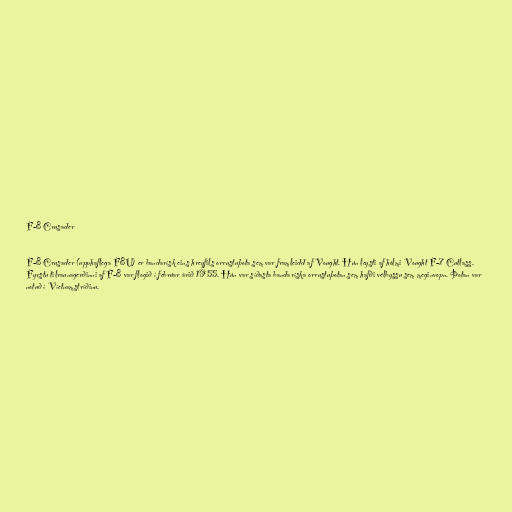
F-8 Crusader

F-8 Crusader (upphaflega F8U) er bandarísk eins hreyfils orrustuþota sem var framleidd af Vought. Hún leysti af hólmi Vought F-7 Cutlass.
Fyrstu tilraunagerðinni af F-8 var flogið í febrúar árið 1955. Hún var síðasta bandaríska orrustuþotan sem hafði vélbyssu sem meginvopn. Þotan var
notuð í Víetnamstríðinu.